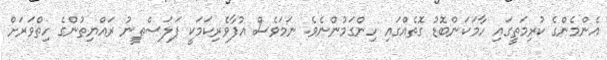
އެންމެންގެ ކުރިމަތީގައި ހާމަކަންބޮޑު ގޮތެއްގައި ހިންގަމުންނެވެ. ނަމަވެސް އުފާވެރިކަމަކީ ފަލަސްޠީނު ރައްޔިތުންގެ ހިތްވަރަށް